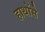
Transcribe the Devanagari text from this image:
हाथोंसे